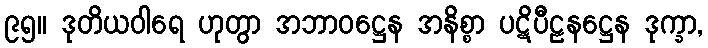
၉၅။ ဒုတိယဝါရေ ဟုတွာ အဘာဝဋ္ဌေန အနိစ္စာ ပဋိပီဠနဋ္ဌေန ဒုက္ခာ,